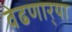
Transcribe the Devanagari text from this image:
वेढणार्‍या